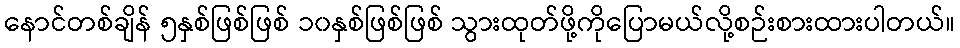
နောင်တစ်ချိန် ၅နှစ်ဖြစ်ဖြစ် ၁၀နှစ်ဖြစ်ဖြစ် သွားထုတ်ဖို့ကိုပြောမယ်လို့စဉ်းစားထားပါတယ်။